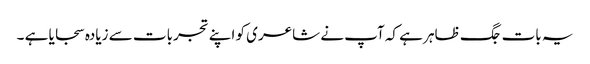
یہ بات جگ ظاہر ہے کہ آپ نے شاعری کو اپنے تجربات سے زیادہ سجایا ہے ۔